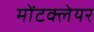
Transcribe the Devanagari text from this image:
मोंटक्लेयर